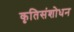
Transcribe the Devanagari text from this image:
कृतिसंशोधन